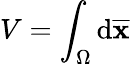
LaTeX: V=\int_{\Omega}\mathrm{d}{\overline{{{\mathbf{{x}}}}}}